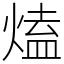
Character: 熆